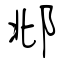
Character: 邶